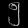
Digit: ၅